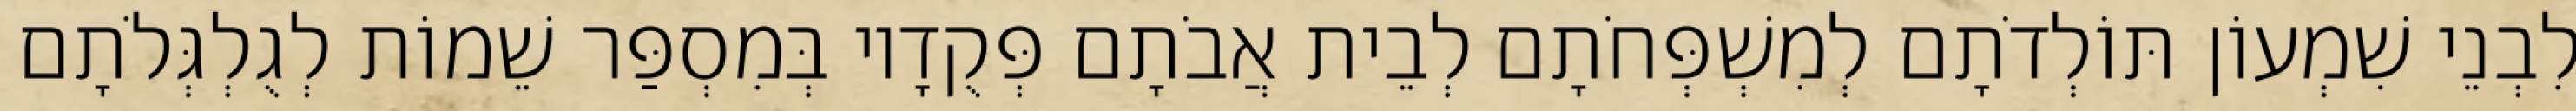
לִבְנֵי שִׁמְעוֹן תּוֹלְדֹתָם לְמִשְׁפְּחֹתָם לְבֵית אֲבֹתָם פְּקֻדָיו בְּמִסְפַּר שֵׁמוֹת לְגֻלְגְּלֹתָם